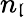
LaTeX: n_{\mathfrak{l}}